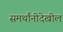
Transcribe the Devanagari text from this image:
समर्थांनीदेखील